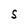
Character: S